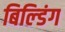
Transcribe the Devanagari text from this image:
बिल्‍डिंग